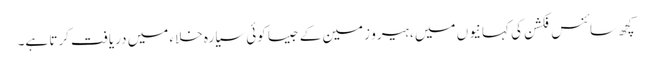
کچھ سائنس فکشن کی کہانیوں میں ، ہیرو زمین کے جیسا کوئی سیارہ خلاء میں دریافت کرتا ہے۔